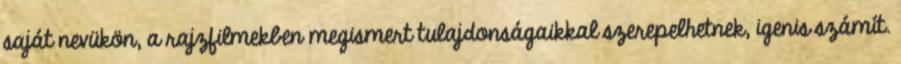
saját nevükön, a rajzfilmekben megismert tulajdonságaikkal szerepelhetnek, igenis számít.